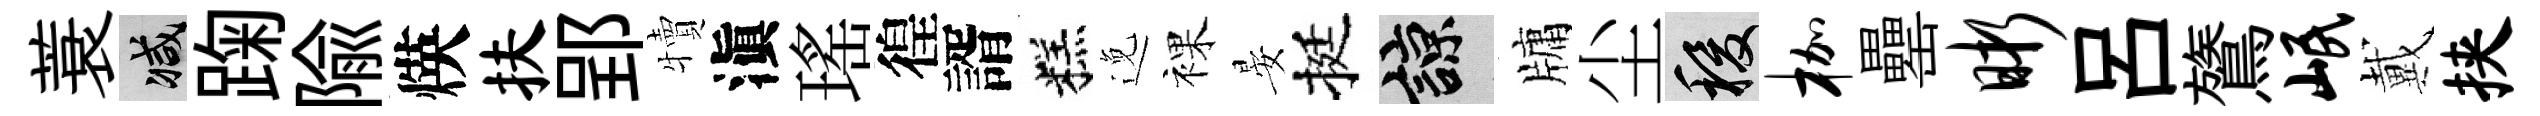
蓑减踘隃煐扶郢犢滇瑤徨諝糕𨓜裸晏挺諒牗尘稷枷罍晰吕鷟岷戴挟